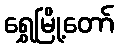
ရွှေမြို့တော်